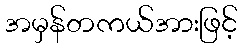
အမှန်တကယ်အားဖြင့်